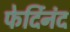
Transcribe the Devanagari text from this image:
फेर्दिनंद